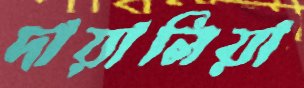
দায়ালিয়া